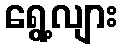
ရွေ့လျား